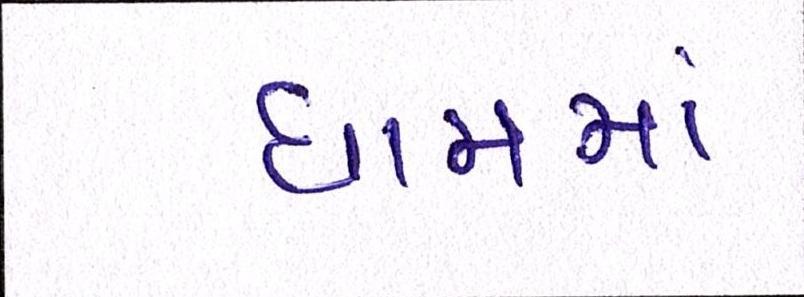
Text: ધામમાં